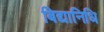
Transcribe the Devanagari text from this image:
बिद्यानिधि